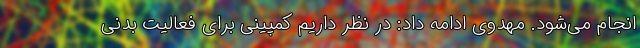
انجام می‌شود. مهدوی ادامه داد: در نظر داریم کمپینی برای فعالیت بدنی